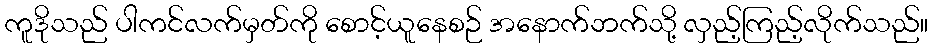
ကူဒိုသည် ပါကင်လက်မှတ်ကို စောင့်ယူနေစဉ် အနောက်ဘက်သို့ လှည့်ကြည့်လိုက်သည်။